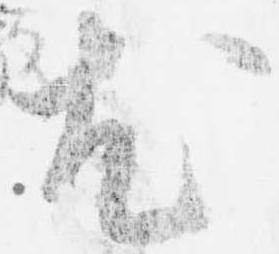
尤